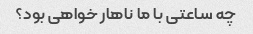
چه ساعتی با ما ناهار خواهی بود؟